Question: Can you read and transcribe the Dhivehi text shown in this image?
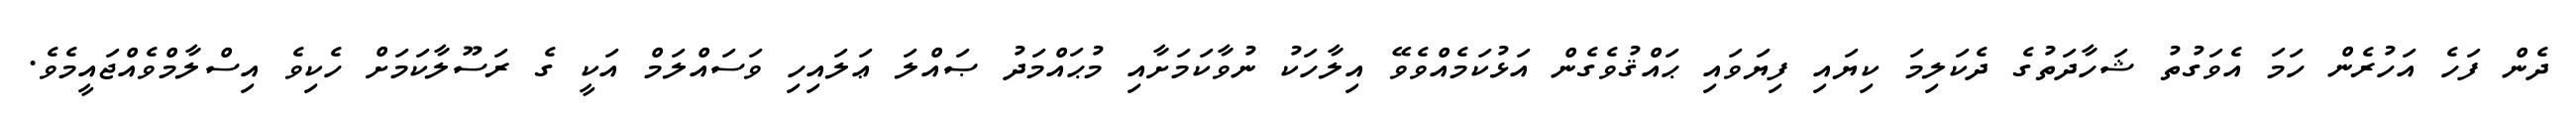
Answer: ދެން ފަހެ އަހުރެން ހަމަ އެވަގުތު ޝަހާދަތުގެ ދެކަލިމަ ކިޔައި ފިޔަވައި ޙައްޤުވެގެން އަޅުކަމެއްވެވޭ އިލާހަކު ނުވާކަމަށާއި މުޙައްމަދު ޞައްލަ ޢަލައިހި ވަސައްލަމް އަކީ ގެ ރަސޫލާކަމަށް ހެކިވެ އިސްލާމްވެއްޖައީމެވެ.